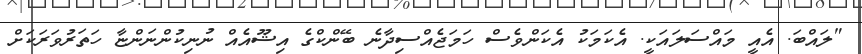
"ލައްބަ. އެއީ މައްސަލައަކީ. އެކަމަކު އެކަންވެސް ހަމަޖެއްސިދާނެ ބޭންކްގެ އިޝޫއެއް ނުނިކުންނަންޏާ ހަތަރުވަރަކަށް